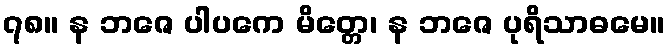
၇၈။ န ဘဇေ ပါပကေ မိတ္တေ၊ န ဘဇေ ပုရိသာဓမေ။